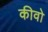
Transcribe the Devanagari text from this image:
कीवो